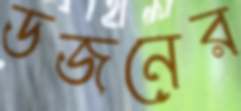
ডজনের